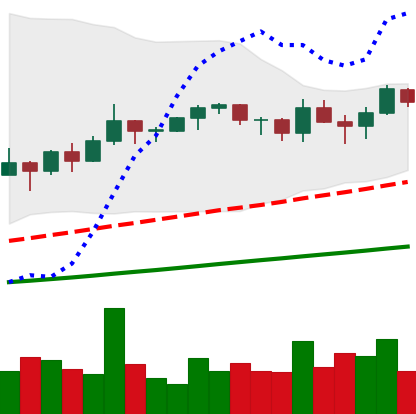
Ticker: TRX-USD
Chart end date: 2021-03-18
Forward return: 9.802%
Label: up_7plus